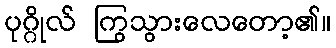
ပုဂ္ဂိုလ် ကြွသွားလေတော့၏။